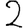
Digit: 2